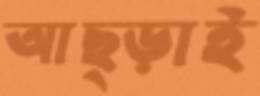
আছ্‌ড়াই